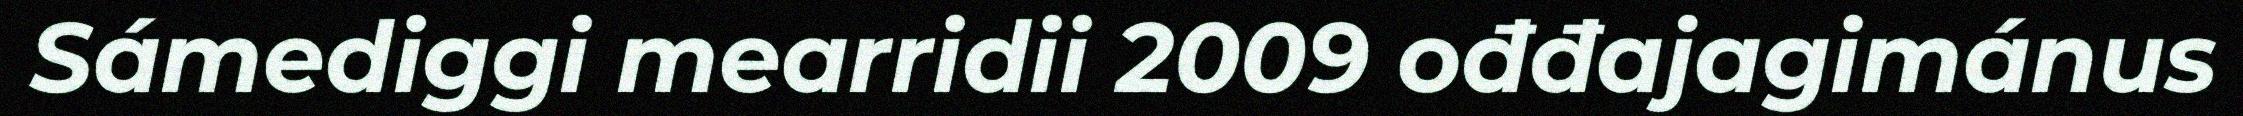
Sámediggi mearridii 2009 ođđajagimánus